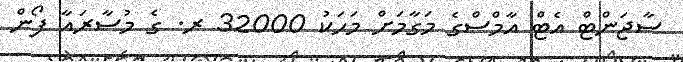
ސާޖަންޓް އެޓް އާމްސްގެ މަގާމަށް މަހަކު 32000 ރ. ގެ މުސާރައާ ފޯން